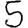
Digit: 5